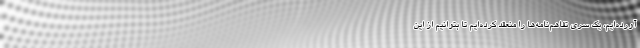
آورده‌ایم، یک سری تفاهم‌نامه‌‌ها را منعقد کرده‌ایم تا بتوانیم از این